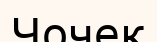
Чочек